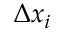
\Delta x _ { i }